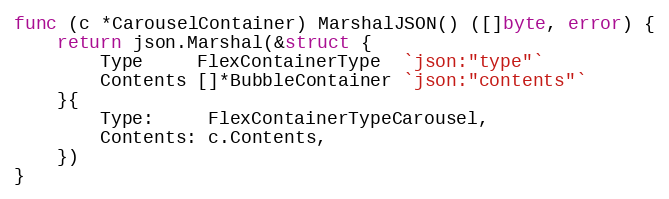
Language: Go
func (c *CarouselContainer) MarshalJSON() ([]byte, error) {
	return json.Marshal(&struct {
		Type     FlexContainerType  `json:"type"`
		Contents []*BubbleContainer `json:"contents"`
	}{
		Type:     FlexContainerTypeCarousel,
		Contents: c.Contents,
	})
}